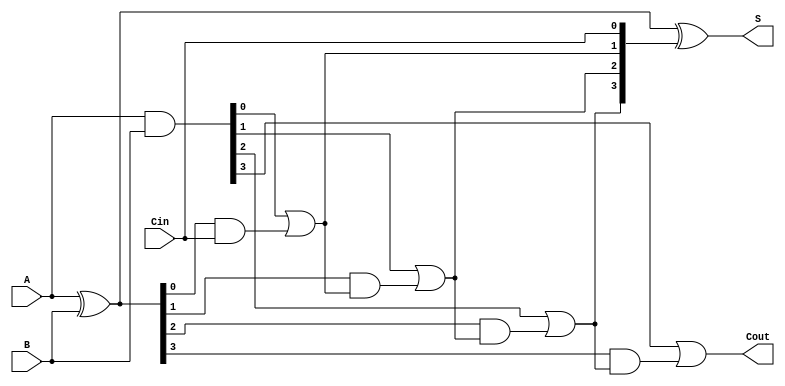
module Sklansky_Adder #(parameter n = 4) (
    input  [n-1:0] A,      // First input number
    input  [n-1:0] B,      // Second input number
    input          Cin,     // Carry-in
    output [n-1:0] S,      // Sum output
    output         Cout      // Carry-out
);

    // Generate and Propagate signals
    wire [n-1:0] G; // Generate signals
    wire [n-1:0] P; // Propagate signals
    wire [n:0] C;   // Carry signals

    // Compute Generate and Propagate signals
    assign G = A & B;          // G[i] = A[i] & B[i]
    assign P = A ^ B;          // P[i] = A[i] ^ B[i]

    // Compute Carry signals
    assign C[0] = Cin;            // C[0] = Cin
    genvar i;
    generate
        for (i = 0; i < n; i = i + 1) begin : carry_calc
            if (i == 0) begin
                // C[1] calculation
                assign C[1] = G[0] | (P[0] & C[0]);
            end else if (i == 1) begin
                // C[2] calculation
                assign C[2] = G[1] | (P[1] & C[1]);
            end else if (i == 2) begin
                // C[3] calculation
                assign C[3] = G[2] | (P[2] & C[2]);
            end else if (i == 3) begin
                // C[4] calculation
                assign C[4] = G[3] | (P[3] & C[3]);
            end
            // Add more stages if n > 4
        end
    endgenerate

    // Compute Sum outputs
    assign S = P ^ C[n-1:0]; // S[i] = P[i] ^ C[i]

    // Final Carry-out
    assign Cout = C[n]; // Cout = C[n]

endmodule